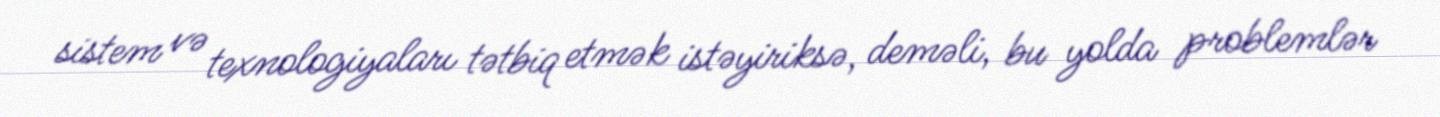
sistem və texnologiyaları tətbiq etmək istəyiriksə, deməli, bu yolda problemlər